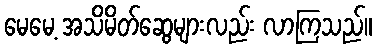
မေမေ့ အသိမိတ်ဆွေများလည်း လာကြသည်။